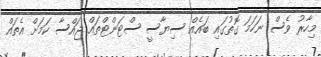
މިހާރު ވެސް ނަހަމަ ގޮތުގައި ބައެއް ސިޔާސީ ސްޓަންޓްތައް ޖައްސާ ކަމަށް އެތައް